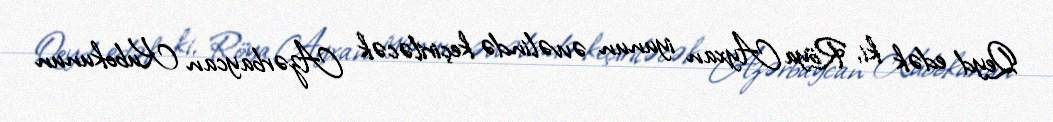
Qeyd edək ki, Röya Ayxan iyunun əvvəlində keçiriləcək Azərbaycan Kubokunun